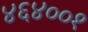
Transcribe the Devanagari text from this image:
४६४००१